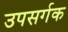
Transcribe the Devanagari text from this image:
उपसर्गक